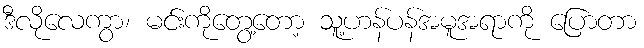
ဒီလိုလေကွာ၊ မင်းကိုတွေ့တော့ သူ့ဟန်ပန်အမူအရာကို ပြောတာ